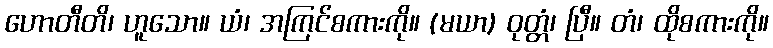
ဟောတီတိ၊ ဟူသော။ ယံ၊ အကြင်စကားကို။ (မယာ) ဝုတ္တံ၊ ပြီ။ တံ၊ ထိုစကားကို။